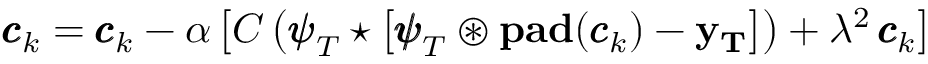
{ \pmb { c } } _ { k } = { \pmb { c } } _ { k } - \alpha \left[ C \left( { \pmb { \psi } } _ { T } \star \left[ { \pmb { \psi } } _ { T } \circledast \mathrm { \bf p a d } ( { \pmb { c } } _ { k } ) - \bf y _ { T } \right] \right) + \lambda ^ { 2 } \, { \pmb { c } } _ { k } \right]